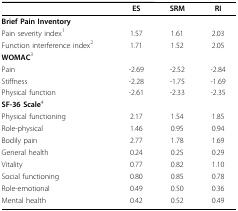
<table><thead><tr><td></td><td><b>ES</b></td><td><b>SRM</b></td><td><b>RI</b></td></tr></thead><tbody><tr><td><b>Brief Pain Inventory</b></td><td></td><td></td><td></td></tr><tr><td>Pain severity index<sup>1</sup></td><td>1.57</td><td>1.61</td><td>2.03</td></tr><tr><td>Function interference index<sup>2</sup></td><td>1.71</td><td>1.52</td><td>2.05</td></tr><tr><td><b>WOMAC</b><sup>3</sup></td><td></td><td></td><td></td></tr><tr><td>Pain</td><td>-2.69</td><td>-2.52</td><td>-2.84</td></tr><tr><td>Stiffness</td><td>-2.28</td><td>-1.75</td><td>-1.69</td></tr><tr><td>Physical function</td><td>-2.61</td><td>-2.33</td><td>-2.35</td></tr><tr><td><b>SF-36 Scale</b><sup>4</sup></td><td></td><td></td><td></td></tr><tr><td>Physical functioning</td><td>2.17</td><td>1.54</td><td>1.85</td></tr><tr><td>Role-physical</td><td>1.46</td><td>0.95</td><td>0.94</td></tr><tr><td>Bodily pain</td><td>2.77</td><td>1.78</td><td>1.69</td></tr><tr><td>General health</td><td>0.24</td><td>0.25</td><td>0.29</td></tr><tr><td>Vitality</td><td>0.77</td><td>0.82</td><td>1.10</td></tr><tr><td>Social functioning</td><td>0.80</td><td>0.85</td><td>0.78</td></tr><tr><td>Role-emotional</td><td>0.49</td><td>0.50</td><td>0.36</td></tr><tr><td>Mental health</td><td>0.42</td><td>0.52</td><td>0.49</td></tr></tbody></table>